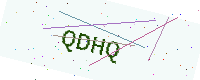
Text: QDHQ